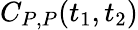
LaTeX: C_{P,P}(t_{1},t_{2})